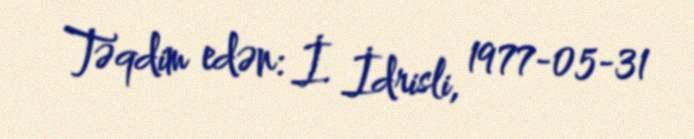
Təqdim edən: İ. İdrisli, 1977-05-31